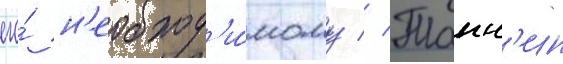
его́ н'еобход'и́мому // Танн'ин